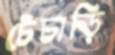
চেঁচাড়ি